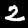
Digit: 2